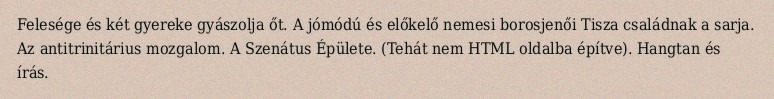
Felesége és két gyereke gyászolja őt. A jómódú és előkelő nemesi borosjenői Tisza családnak a sarja. Az antitrinitárius mozgalom. A Szenátus Épülete. (Tehát nem HTML oldalba építve). Hangtan és írás.